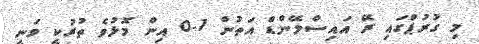
މި ގުރުޕްގައި ރޭ އައިސްލޭންޑް އަތުން 1-0 އިން މޮޅުވެ ތުރުކީ ވަނީ